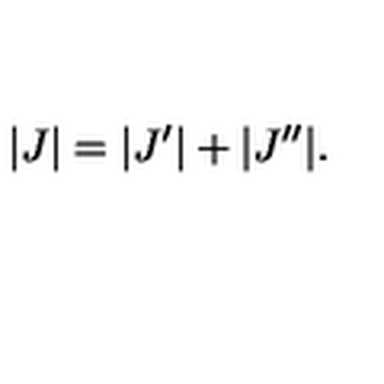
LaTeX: | J | = | J ^ { \prime } | + | J ^ { \prime \prime } | .